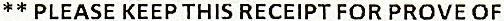
** PLEASE KEEP THIS RECEIPT FOR PROVE OF